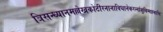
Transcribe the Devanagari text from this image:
त्रिसन्ध्यानमल्लेखकोटीरनानाविधानेकरत्नांशुबिम्बप्रभाभिः